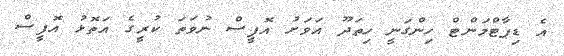
އެ ޑިޕާޓްމަންޓް ހިންގަނީ ހިތަދޫ އަވަށު އޮފީސް ނުވަތަ ކުރީގެ އަތޮޅު އޮފީސް